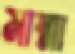
মাম্মা